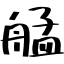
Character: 艋